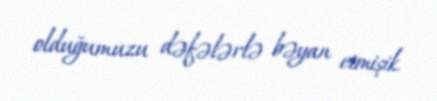
olduğumuzu dəfələrlə bəyan etmişik.